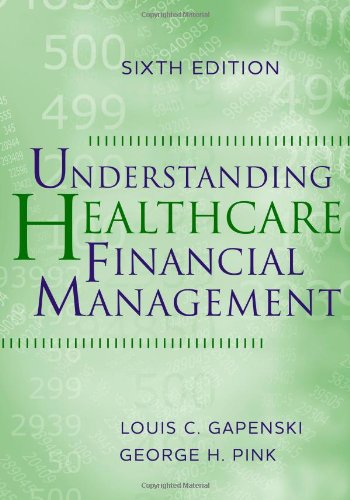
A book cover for Understanding Healthcare Financial Management, Sixth Edition; Louis C. Gapenski; Medical Books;